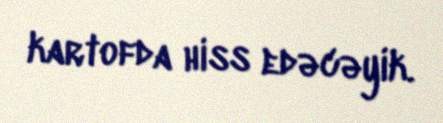
kartofda hiss edəcəyik.